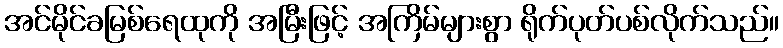
အင်မိုင်ခမြစ်ရေထုကို အမြီးဖြင့် အကြိမ်များစွာ ရိုက်ပုတ်ပစ်လိုက်သည်။